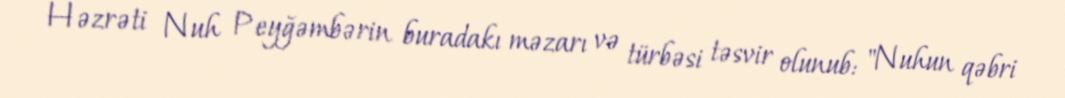
Həzrəti Nuh Peyğəmbərin buradakı məzarı və türbəsi təsvir olunub: "Nuhun qəbri